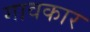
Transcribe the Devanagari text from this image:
गावकार